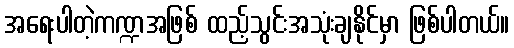
အရေးပါတဲ့ကဏ္ဍအဖြစ် ထည့်သွင်းအသုံးချနိုင်မှာ ဖြစ်ပါတယ်။